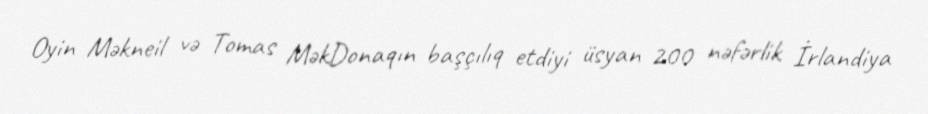
Oyin Məkneil və Tomas MəkDonaqın başçılıq etdiyi üsyan 200 nəfərlik İrlandiya